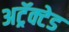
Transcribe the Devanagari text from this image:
अट्रॅक्टेड